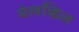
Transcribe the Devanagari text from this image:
मेलव्हिल